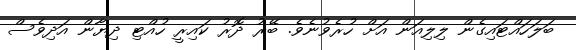
ބަލަހައްޓައިގެން ލިލިއަން އަށް ހުރެވުނެވެ. ބޭރު ދޮރު ކައިރީ ހުއްޓި ދިޔާން އަދިވެސް